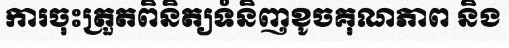
ការចុះត្រួតពិនិត្យទំនិញខូចគុណភាព និង